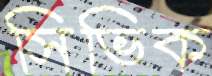
সিভিক